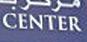
center